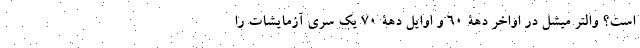
است؟ والتر میشل در اواخر دهۀ ۶۰ و اوایل دهۀ ۷۰ یک سری آزمایشات را